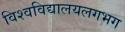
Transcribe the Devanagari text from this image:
विश्वविद्यालयलगभग